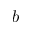
b